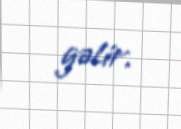
gəlir.